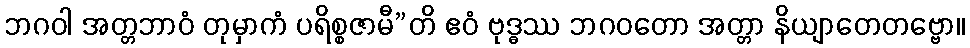
ဘဂဝါ အတ္တဘာဝံ တုမှာကံ ပရိစ္စဇာမီ”တိ ဧဝံ ဗုဒ္ဓဿ ဘဂဝတော အတ္တာ နိယျာတေတဗ္ဗော။